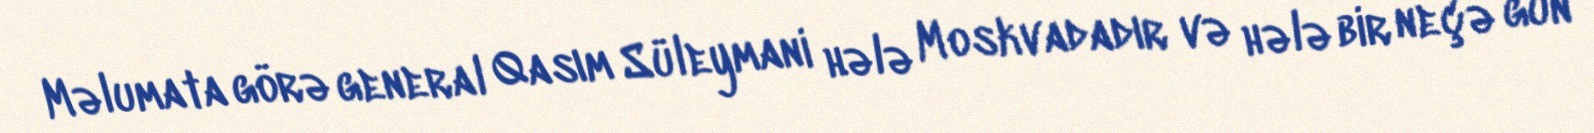
Məlumata görə general Qasım Süleymani hələ Moskvadadır və hələ bir neçə gün